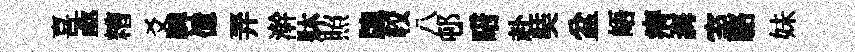
喜亟糟爻鞞億弄澣牀照牕较八邨暗赴奘盆峿瘠誨室駱妹